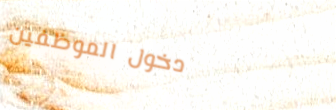
دخول الموظفين